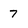
Character: 7